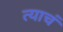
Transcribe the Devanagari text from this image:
त्‍याचं